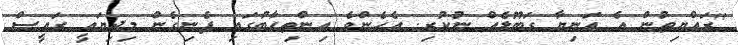
"ރައްޔިތުން އެ އަނިޔާ ގަބޫލެއް ނުކުރި. އެހެންވެ އިންތިހާބުގައި ފެނިގެން މިދިޔައީ ރައީސް